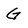
Character: G